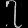
Digit: ၇